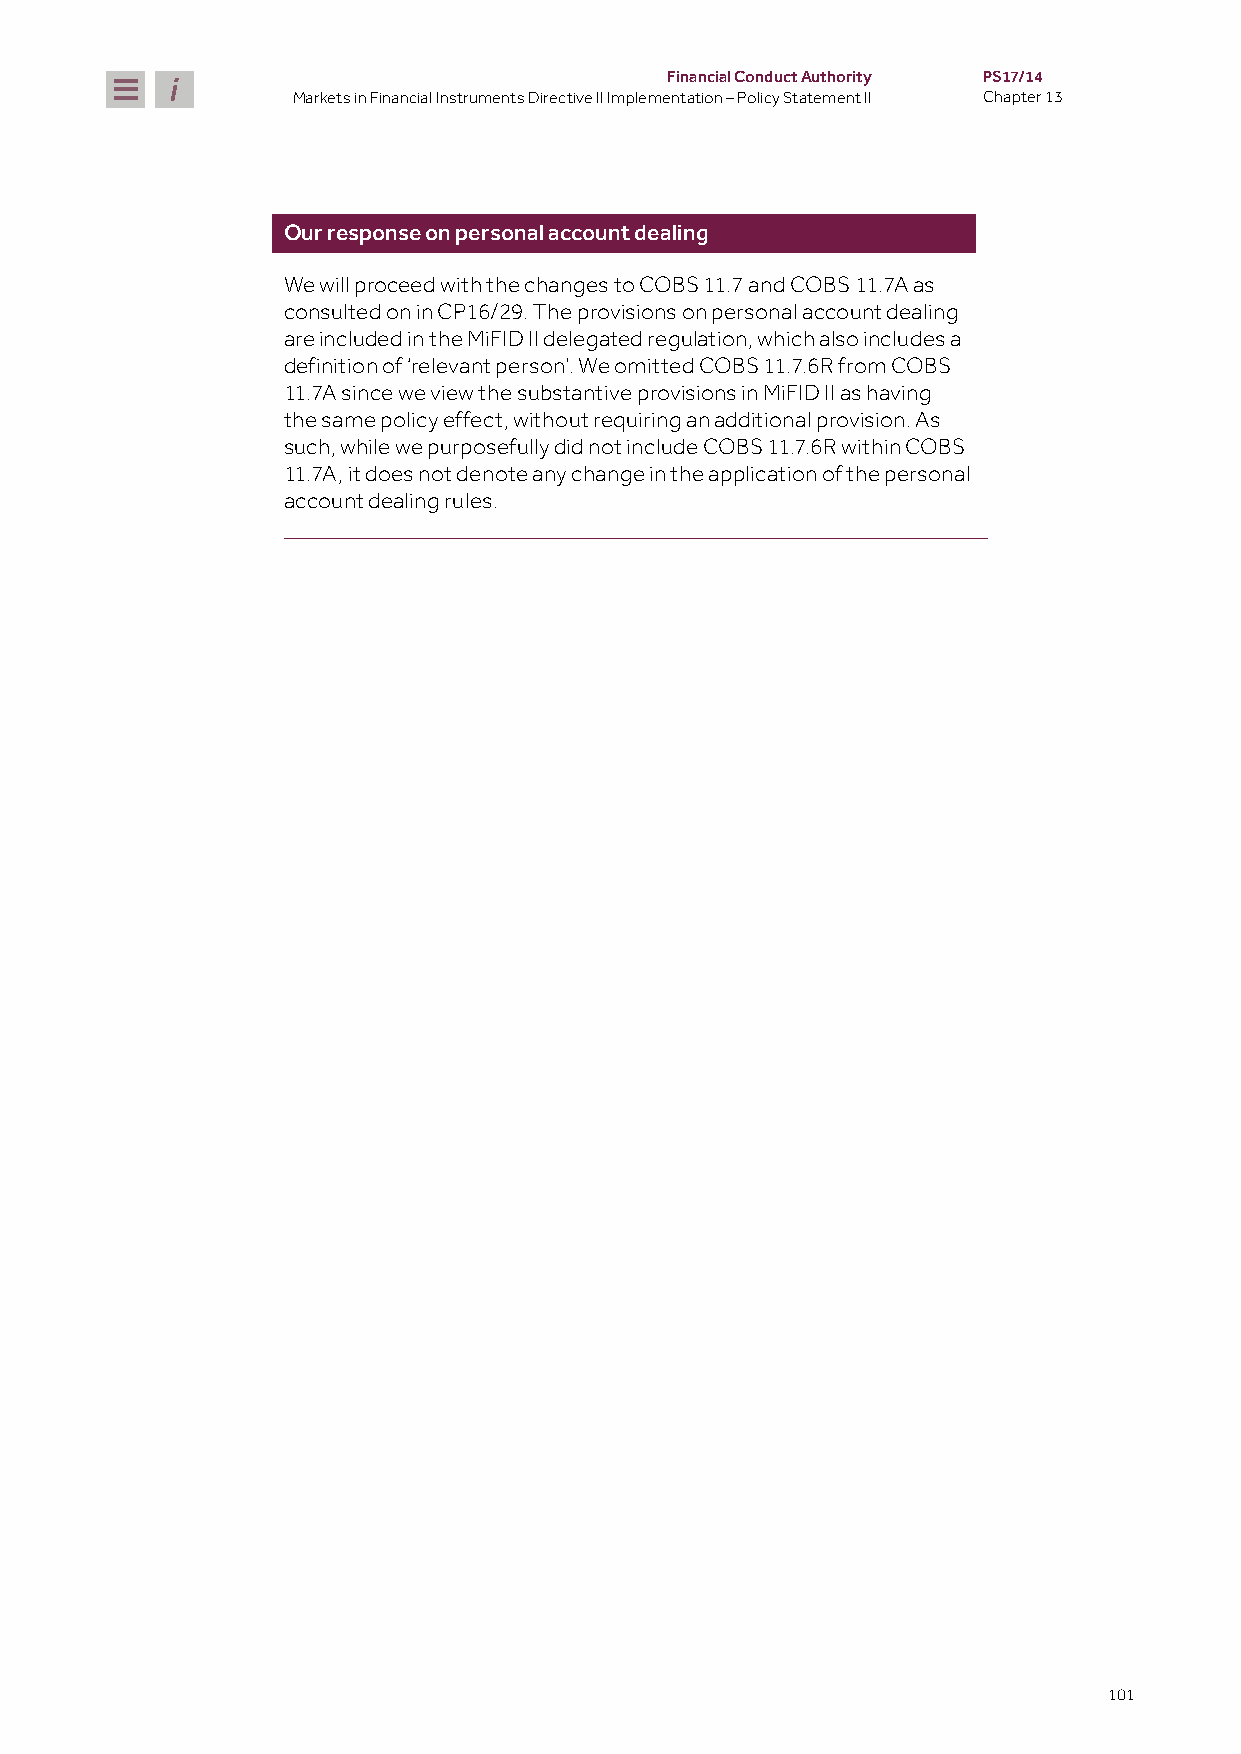
Financial Conduct Authority PS17/14
 Markets in Financial Instruments Directive II Implementation – Policy Statement II Chapter 13
 Our response on personal account dealing
 We will proceed with the changes to COBS 11.7 and COBS 11.7A as
 consulted on in CP16/29. The provisions on personal account dealing
 are included in the MiFID II delegated regulation, which also includes a
 definition of ‘relevant person’. We omitted COBS 11.7.6R from COBS
 11.7A since we view the substantive provisions in MiFID II as having
 the same policy effect, without requiring an additional provision. As
 such, while we purposefully did not include COBS 11.7.6R within COBS
 11.7A, it does not denote any change in the application of the personal
 account dealing rules.
 101